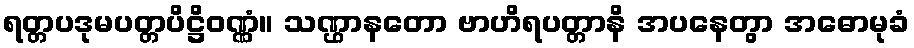
ရတ္တပဒုမပတ္တပိဋ္ဌိဝဏ္ဏံ။ သဏ္ဌာနတော ဗာဟိရပတ္တာနိ အပနေတွာ အဓောမုခံ